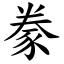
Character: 豢